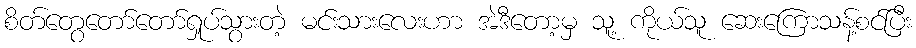
စိတ်တွေတော်တော်ရှုပ်သွားတဲ့ မင်းသားလေးဟာ အဲဒီတော့မှ သူ့ ကိုယ်သူ ဆေးကြောသန့်စင်ပြီး